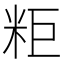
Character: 粔